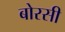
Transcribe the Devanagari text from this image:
बोरसी